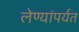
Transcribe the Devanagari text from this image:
लेण्यांपर्यत